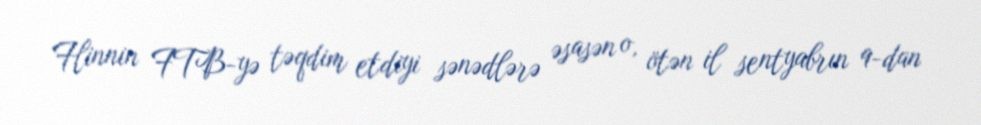
Flinnin FTB-yə təqdim etdiyi sənədlərə əsasən o, ötən il sentyabrın 9-dan